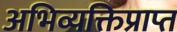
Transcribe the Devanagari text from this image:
अभिव्यक्तिप्राप्त